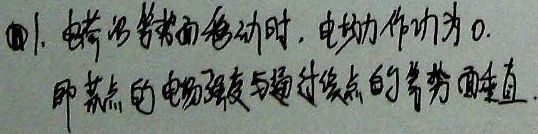
\textcircled{1}1. 电荷沿等势面移动时，电场力作功为0. 即某点的电场强度与通过该点的等势面垂直.